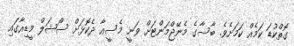
ގޮތްކުޑަ ކަމެއް ކަމަށެވެ. ބާސާގެ މެނޭޖްމަންޓަށް ވަނީ މެސީއާ ދެކޮޅަށް ސޯޝަލް މީޑިއާގައި